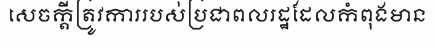
សេចក្តីត្រូវការរបស់ប្រជាពលរដ្ឋដែលកំពុងមាន